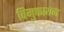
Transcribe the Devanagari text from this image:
विमुक्तायन